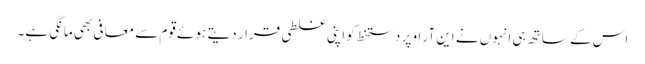
اس کے ساتھ ہی انہوں نے این آر او پر دستخط کو اپنی غلطی قرار دیتے ہوئے قوم سے معافی بھی مانگی ہے۔